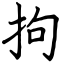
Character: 拘